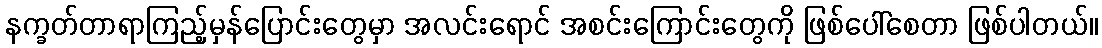
နက္ခတ်တာရာကြည့်မှန်ပြောင်းတွေမှာ အလင်းရောင် အစင်းကြောင်းတွေကို ဖြစ်ပေါ်စေတာ ဖြစ်ပါတယ်။